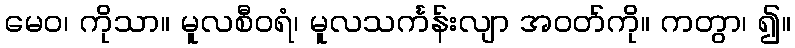
မေဝ၊ ကိုသာ။ မူလစီဝရံ၊ မူလသင်္ကန်းလျာ အဝတ်ကို။ ကတွာ၊ ၍။